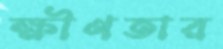
ক্ষীণতার